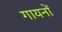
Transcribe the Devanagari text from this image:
गायनों